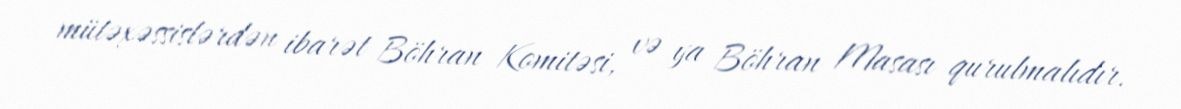
mütəxəssislərdən ibarət Böhran Komitəsi, və ya Böhran Masası qurulmalıdır.